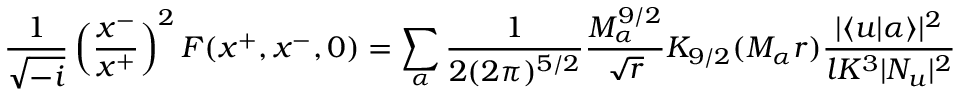
\frac { 1 } { \sqrt { - i } } \left( \frac { x ^ { - } } { x ^ { + } } \right) ^ { 2 } F ( x ^ { + } , x ^ { - } , 0 ) = \sum _ { \alpha } \frac { 1 } { 2 ( 2 \pi ) ^ { 5 / 2 } } \frac { M _ { \alpha } ^ { 9 / 2 } } { \sqrt { r } } K _ { 9 / 2 } ( M _ { \alpha } r ) \frac { | \langle u | \alpha \rangle | ^ { 2 } } { l K ^ { 3 } | N _ { u } | ^ { 2 } }